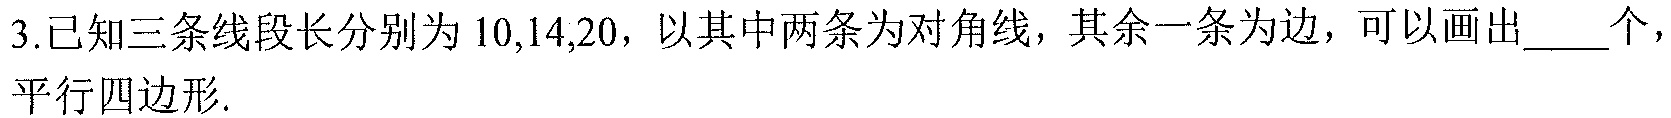
3.已知三条线段长分别为\(10,14,20\)，以其中两条为对角线，其余一条为边，可以画出  个，平行四边形.